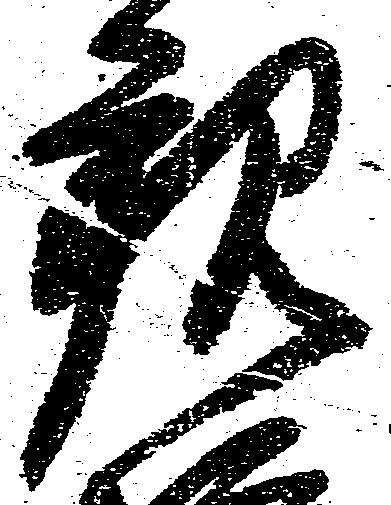
観